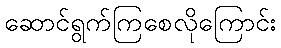
ဆောင်ရွက်ကြစေလိုကြောင်း